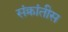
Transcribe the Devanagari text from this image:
संक्रांतीस